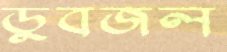
ডুবজল